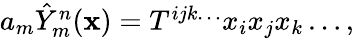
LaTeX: \begin{array}{r}{a_{m}\hat{Y}_{m}^{n}(\mathbf{x})=T^{ijk\ldots}x_{i}x_{j}x_{k}\ldots,}\end{array}